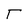
Character: T